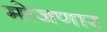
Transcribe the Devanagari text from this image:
मोजणार